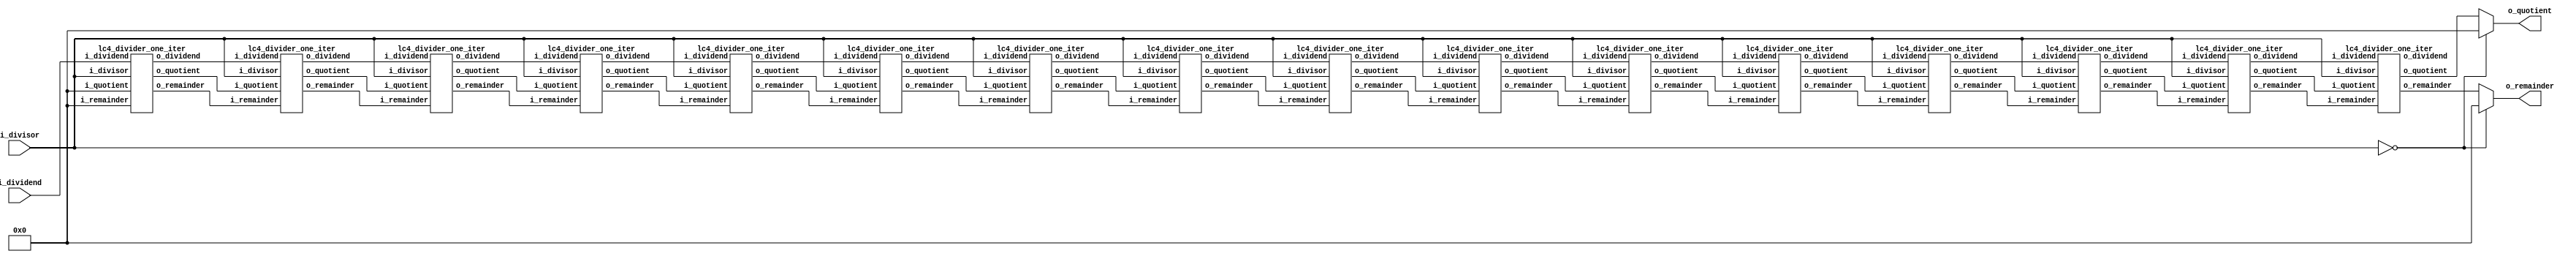

`timescale 1ns / 1ps
`default_nettype none

module lc4_divider(input  wire [15:0] i_dividend,
                   input  wire [15:0] i_divisor,
                   output wire [15:0] o_remainder,
                   output wire [15:0] o_quotient);

      /*** YOUR CODE HERE ***/
      wire [15:0] temp_remainder_1; wire [15:0] temp_dividend_1; wire [15:0] temp_quotient_1;
      wire [15:0] temp_remainder_2; wire [15:0] temp_dividend_2; wire [15:0] temp_quotient_2;
      wire [15:0] temp_remainder_3; wire [15:0] temp_dividend_3; wire [15:0] temp_quotient_3;
      wire [15:0] temp_remainder_4; wire [15:0] temp_dividend_4; wire [15:0] temp_quotient_4;
      wire [15:0] temp_remainder_5; wire [15:0] temp_dividend_5; wire [15:0] temp_quotient_5;
      wire [15:0] temp_remainder_6; wire [15:0] temp_dividend_6; wire [15:0] temp_quotient_6;
      wire [15:0] temp_remainder_7; wire [15:0] temp_dividend_7; wire [15:0] temp_quotient_7;
      wire [15:0] temp_remainder_8; wire [15:0] temp_dividend_8; wire [15:0] temp_quotient_8;
      wire [15:0] temp_remainder_9; wire [15:0] temp_dividend_9; wire [15:0] temp_quotient_9;
      wire [15:0] temp_remainder_10; wire [15:0] temp_dividend_10; wire [15:0] temp_quotient_10;
      wire [15:0] temp_remainder_11; wire [15:0] temp_dividend_11; wire [15:0] temp_quotient_11;
      wire [15:0] temp_remainder_12; wire [15:0] temp_dividend_12; wire [15:0] temp_quotient_12;
      wire [15:0] temp_remainder_13; wire [15:0] temp_dividend_13; wire [15:0] temp_quotient_13;
      wire [15:0] temp_remainder_14; wire [15:0] temp_dividend_14; wire [15:0] temp_quotient_14;
      wire [15:0] temp_remainder_15; wire [15:0] temp_dividend_15; wire [15:0] temp_quotient_15;
      wire [15:0] o_quotient_temp; wire [15:0] o_remainder_temp;

      lc4_divider_one_iter iter1(
            .i_dividend(i_dividend),
            .i_divisor(i_divisor),
            .i_remainder(16'b0),
            .i_quotient(16'b0),
            .o_dividend(temp_dividend_1),
            .o_remainder(temp_remainder_1),
            .o_quotient(temp_quotient_1)
      );

      lc4_divider_one_iter iter2(
            .i_dividend(temp_dividend_1),
            .i_divisor(i_divisor),
            .i_remainder(temp_remainder_1),
            .i_quotient(temp_quotient_1),
            .o_dividend(temp_dividend_2),
            .o_remainder(temp_remainder_2),
            .o_quotient(temp_quotient_2)
      );

      lc4_divider_one_iter iter3(
            .i_dividend(temp_dividend_2),
            .i_divisor(i_divisor),
            .i_remainder(temp_remainder_2),
            .i_quotient(temp_quotient_2),
            .o_dividend(temp_dividend_3),
            .o_remainder(temp_remainder_3),
            .o_quotient(temp_quotient_3)
      );

      lc4_divider_one_iter iter4(
            .i_dividend(temp_dividend_3),
            .i_divisor(i_divisor),
            .i_remainder(temp_remainder_3),
            .i_quotient(temp_quotient_3),
            .o_dividend(temp_dividend_4),
            .o_remainder(temp_remainder_4),
            .o_quotient(temp_quotient_4)
      );

      lc4_divider_one_iter iter5(
            .i_dividend(temp_dividend_4),
            .i_divisor(i_divisor),
            .i_remainder(temp_remainder_4),
            .i_quotient(temp_quotient_4),
            .o_dividend(temp_dividend_5),
            .o_remainder(temp_remainder_5),
            .o_quotient(temp_quotient_5)
      );

      lc4_divider_one_iter iter6(
            .i_dividend(temp_dividend_5),
            .i_divisor(i_divisor),
            .i_remainder(temp_remainder_5),
            .i_quotient(temp_quotient_5),
            .o_dividend(temp_dividend_6),
            .o_remainder(temp_remainder_6),
            .o_quotient(temp_quotient_6)
      );

      lc4_divider_one_iter iter7(
            .i_dividend(temp_dividend_6),
            .i_divisor(i_divisor),
            .i_remainder(temp_remainder_6),
            .i_quotient(temp_quotient_6),
            .o_dividend(temp_dividend_7),
            .o_remainder(temp_remainder_7),
            .o_quotient(temp_quotient_7)
      );    

      lc4_divider_one_iter iter8(
            .i_dividend(temp_dividend_7),
            .i_divisor(i_divisor),
            .i_remainder(temp_remainder_7),
            .i_quotient(temp_quotient_7),
            .o_dividend(temp_dividend_8),
            .o_remainder(temp_remainder_8),
            .o_quotient(temp_quotient_8)
      );

      lc4_divider_one_iter iter9(
            .i_dividend(temp_dividend_8),
            .i_divisor(i_divisor),
            .i_remainder(temp_remainder_8),
            .i_quotient(temp_quotient_8),
            .o_dividend(temp_dividend_9),
            .o_remainder(temp_remainder_9),
            .o_quotient(temp_quotient_9)
      );

      lc4_divider_one_iter iter10(
            .i_dividend(temp_dividend_9),
            .i_divisor(i_divisor),
            .i_remainder(temp_remainder_9),
            .i_quotient(temp_quotient_9),
            .o_dividend(temp_dividend_10),
            .o_remainder(temp_remainder_10),
            .o_quotient(temp_quotient_10)
      );

      lc4_divider_one_iter iter11(
            .i_dividend(temp_dividend_10),
            .i_divisor(i_divisor),
            .i_remainder(temp_remainder_10),
            .i_quotient(temp_quotient_10),
            .o_dividend(temp_dividend_11),
            .o_remainder(temp_remainder_11),
            .o_quotient(temp_quotient_11)
      );

      lc4_divider_one_iter iter12(
            .i_dividend(temp_dividend_11),
            .i_divisor(i_divisor),
            .i_remainder(temp_remainder_11),
            .i_quotient(temp_quotient_11),
            .o_dividend(temp_dividend_12),
            .o_remainder(temp_remainder_12),
            .o_quotient(temp_quotient_12)
      );

      lc4_divider_one_iter iter13(
            .i_dividend(temp_dividend_12),
            .i_divisor(i_divisor),
            .i_remainder(temp_remainder_12),
            .i_quotient(temp_quotient_12),
            .o_dividend(temp_dividend_13),
            .o_remainder(temp_remainder_13),
            .o_quotient(temp_quotient_13)
      );

      lc4_divider_one_iter iter14(
            .i_dividend(temp_dividend_13),
            .i_divisor(i_divisor),
            .i_remainder(temp_remainder_13),
            .i_quotient(temp_quotient_13),
            .o_dividend(temp_dividend_14),
            .o_remainder(temp_remainder_14),
            .o_quotient(temp_quotient_14)
      );

      lc4_divider_one_iter iter15(
            .i_dividend(temp_dividend_14),
            .i_divisor(i_divisor),
            .i_remainder(temp_remainder_14),
            .i_quotient(temp_quotient_14),
            .o_dividend(temp_dividend_15),
            .o_remainder(temp_remainder_15),
            .o_quotient(temp_quotient_15)
      );

      lc4_divider_one_iter iter16(
            .i_dividend(temp_dividend_15),
            .i_divisor(i_divisor),
            .i_remainder(temp_remainder_15),
            .i_quotient(temp_quotient_15),
            .o_dividend(),
            .o_remainder(o_remainder_temp),
            .o_quotient(o_quotient_temp)
      );

      assign o_quotient = (i_divisor == 0) ? 0 : o_quotient_temp;
      assign o_remainder = (i_divisor == 0) ? 0 : o_remainder_temp;
      


endmodule // lc4_divider

module lc4_divider_one_iter(input  wire [15:0] i_dividend,
                            input  wire [15:0] i_divisor,
                            input  wire [15:0] i_remainder,
                            input  wire [15:0] i_quotient,
                            output wire [15:0] o_dividend,
                            output wire [15:0] o_remainder,
                            output wire [15:0] o_quotient);

      /*** YOUR CODE HERE ***/
      wire [15:0] temp_remainder;
      assign temp_remainder = (i_remainder << 1) | (i_dividend >> 15) & 1;
      assign o_quotient = (temp_remainder < i_divisor) ? (i_quotient << 1) : (i_quotient << 1) | 1;
      assign o_remainder = (temp_remainder < i_divisor) ? temp_remainder : temp_remainder - i_divisor;
      assign o_dividend = i_dividend << 1;

endmodule